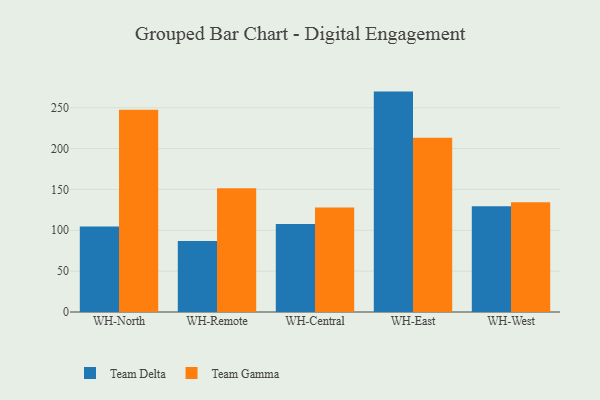
{"axis": {"x": "Warehouse", "y": "Tickets Resolved"}, "legend": ["Team Delta", "Team Gamma"], "data": [{"x": "WH-North", "y": 104.5, "type": "Team Delta"}, {"x": "WH-North", "y": 247.4, "type": "Team Gamma"}, {"x": "WH-Remote", "y": 86.9, "type": "Team Delta"}, {"x": "WH-Remote", "y": 151.5, "type": "Team Gamma"}, {"x": "WH-Central", "y": 107.7, "type": "Team Delta"}, {"x": "WH-Central", "y": 128.0, "type": "Team Gamma"}, {"x": "WH-East", "y": 269.7, "type": "Team Delta"}, {"x": "WH-East", "y": 213.3, "type": "Team Gamma"}, {"x": "WH-West", "y": 129.3, "type": "Team Delta"}, {"x": "WH-West", "y": 134.3, "type": "Team Gamma"}]}